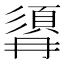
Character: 𩒹